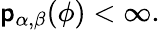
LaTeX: \mathsf{p}_{\alpha,\beta}(\phi)<\infty.